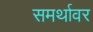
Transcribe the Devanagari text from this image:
समर्थावर